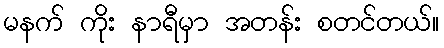
မနက် ကိုး နာရီမှာ အတန်း စတင်တယ်။